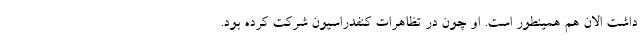
داشت الان هم همینطور است. او چون در تظاهرات کنفدراسیون شرکت کرده بود.